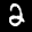
Label: 2